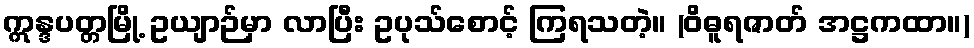
ဣန္ဒပတ္တမြို့ ဥယျာဉ်မှာ လာပြီး ဥပုသ်စောင့် ကြရသတဲ့။ (ဝိဓူရဇာတ် အဋ္ဌကထာ။)